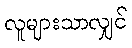
လူများသာလျှင်